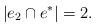
LaTeX: \begin{align*}|e_2 \cap e^* | = 2.\end{align*}